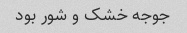
جوجه خشک و شور بود